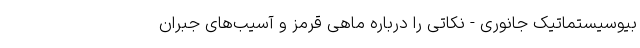
بیوسیستماتیک جانوری - نکاتی را درباره ماهی قرمز و آسیب‌های جبران‌